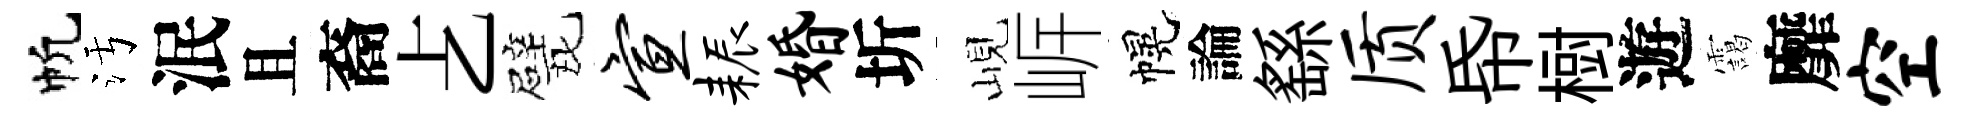
帆污泯且裔𠧒戏宣耨婚圻峴㟁幌論繇质帋𣗳遊靄靡空